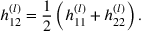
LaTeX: h _ { 1 2 } ^ { ( l ) } = \frac { 1 } { 2 } \left( h _ { 1 1 } ^ { ( l ) } + h _ { 2 2 } ^ { ( l ) } \right) .